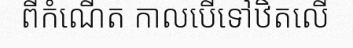
ពីកំណើត កាលបើទៅឋិតលើ